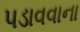
પડાવવાના